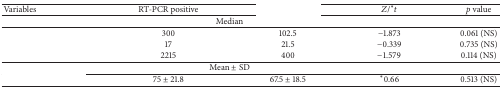
<table><thead><tr><td><b>Variables</b></td><td><b>RT-PCR positive</b></td><td>[EMPTY_CELL]</td><td><b><i>Z</i>/<sup><i>∗</i></sup><i>t</i></b></td><td><b><i>p </i>value</b></td></tr></thead><tbody><tr><td>[EMPTY_CELL]</td><td colspan="2">Median</td><td>[EMPTY_CELL]</td><td>[EMPTY_CELL]</td></tr><tr><td>[EMPTY_CELL]</td><td>300</td><td>102.5</td><td>−1.873</td><td>0.061 (NS)</td></tr><tr><td>[EMPTY_CELL]</td><td>17</td><td>21.5</td><td>−0.339</td><td>0.735 (NS)</td></tr><tr><td>[EMPTY_CELL]</td><td>2215</td><td>400</td><td>−1.579</td><td>0.114 (NS)</td></tr><tr><td>[EMPTY_CELL]</td><td colspan="2">Mean ± SD</td><td>[EMPTY_CELL]</td><td>[EMPTY_CELL]</td></tr><tr><td>[EMPTY_CELL]</td><td>75 ± 21.8</td><td>67.5 ± 18.5</td><td><sup><i>∗</i></sup>0.66</td><td>0.513 (NS)</td></tr></tbody></table>